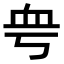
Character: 𧖨